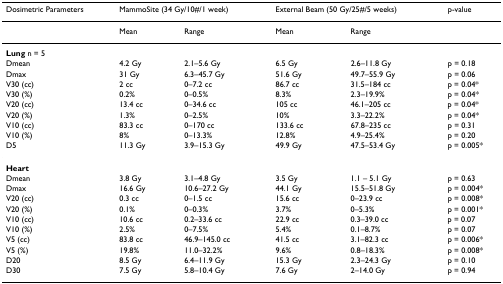
<table><thead><tr><td><b>Dosimetric Parameters</b></td><td colspan="2"><b>MammoSite (34 Gy/10#/1 week)</b></td><td colspan="2"><b>External Beam (50 Gy/25#/5 weeks)</b></td><td><b>p-value</b></td></tr></thead><tbody><tr><td></td><td>Mean</td><td>Range</td><td>Mean</td><td>Range</td><td></td></tr><tr><td><b>Lung </b>n = 5</td><td></td><td></td><td></td><td></td><td></td></tr><tr><td>Dmean</td><td>4.2 Gy</td><td>2.1–5.6 Gy</td><td>6.5 Gy</td><td>2.6–11.8 Gy</td><td>p = 0.18</td></tr><tr><td>Dmax</td><td>31 Gy</td><td>6.3–45.7 Gy</td><td>51.6 Gy</td><td>49.7–55.9 Gy</td><td>p = 0.06</td></tr><tr><td>V30 (cc)</td><td>2 cc</td><td>0–7.2 cc</td><td>86.7 cc</td><td>31.5–184 cc</td><td>p = 0.04*</td></tr><tr><td>V30 (%)</td><td>0.2%</td><td>0–0.5%</td><td>8.3%</td><td>2.3–19.9%</td><td>p = 0.04*</td></tr><tr><td>V20 (cc)</td><td>13.4 cc</td><td>0–34.6 cc</td><td>105 cc</td><td>46.1–205 cc</td><td>p = 0.04*</td></tr><tr><td>V20 (%)</td><td>1.3%</td><td>0–2.5%</td><td>10%</td><td>3.3–22.2%</td><td>p = 0.04*</td></tr><tr><td>V10 (cc)</td><td>83.3 cc</td><td>0–170 cc</td><td>133.6 cc</td><td>67.8–235 cc</td><td>p = 0.31</td></tr><tr><td>V10 (%)</td><td>8%</td><td>0–13.3%</td><td>12.8%</td><td>4.9–25.4%</td><td>p = 0.20</td></tr><tr><td>D5</td><td>11.3 Gy</td><td>3.9–15.3 Gy</td><td>49.9 Gy</td><td>47.5–53.4 Gy</td><td>p = 0.005*</td></tr><tr><td><b>Heart</b></td><td></td><td></td><td></td><td></td><td></td></tr><tr><td>Dmean</td><td>3.8 Gy</td><td>3.1–4.8 Gy</td><td>3.5 Gy</td><td>1.1 – 5.1 Gy</td><td>p = 0.63</td></tr><tr><td>Dmax</td><td>16.6 Gy</td><td>10.6–27.2 Gy</td><td>44.1 Gy</td><td>15.5–51.8 Gy</td><td>p = 0.004*</td></tr><tr><td>V20 (cc)</td><td>0.3 cc</td><td>0–1.5 cc</td><td>15.6 cc</td><td>0–23.9 cc</td><td>p = 0.008*</td></tr><tr><td>V20 (%)</td><td>0.1%</td><td>0–0.3%</td><td>3.7%</td><td>0–5.3%</td><td>p = 0.001*</td></tr><tr><td>V10 (cc)</td><td>10.6 cc</td><td>0.2–33.6 cc</td><td>22.9 cc</td><td>0.3–39.0 cc</td><td>p = 0.07</td></tr><tr><td>V10 (%)</td><td>2.5%</td><td>0–7.5%</td><td>5.4%</td><td>0.1–8.7%</td><td>p = 0.07</td></tr><tr><td>V5 (cc)</td><td>83.8 cc</td><td>46.9–145.0 cc</td><td>41.5 cc</td><td>3.1–82.3 cc</td><td>p = 0.006*</td></tr><tr><td>V5 (%)</td><td>19.8%</td><td>11.0–32.2%</td><td>9.6%</td><td>0.8–18.3%</td><td>p = 0.008*</td></tr><tr><td>D20</td><td>8.5 Gy</td><td>6.4–11.9 Gy</td><td>15.3 Gy</td><td>2.3–24.3 Gy</td><td>p = 0.10</td></tr><tr><td>D30</td><td>7.5 Gy</td><td>5.8–10.4 Gy</td><td>7.6 Gy</td><td>2–14.0 Gy</td><td>p = 0.94</td></tr></tbody></table>